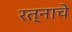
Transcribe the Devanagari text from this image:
रत्नाचे